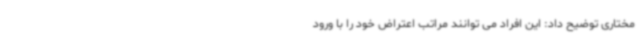
مختاری توضیح داد: این افراد می توانند مراتب اعتراض خود را با ورود